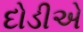
દોડીએ